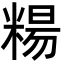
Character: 糃